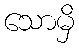
သောမှိ